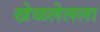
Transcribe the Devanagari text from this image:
खेळलेलला